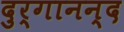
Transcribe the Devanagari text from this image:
दुर्गानन्द